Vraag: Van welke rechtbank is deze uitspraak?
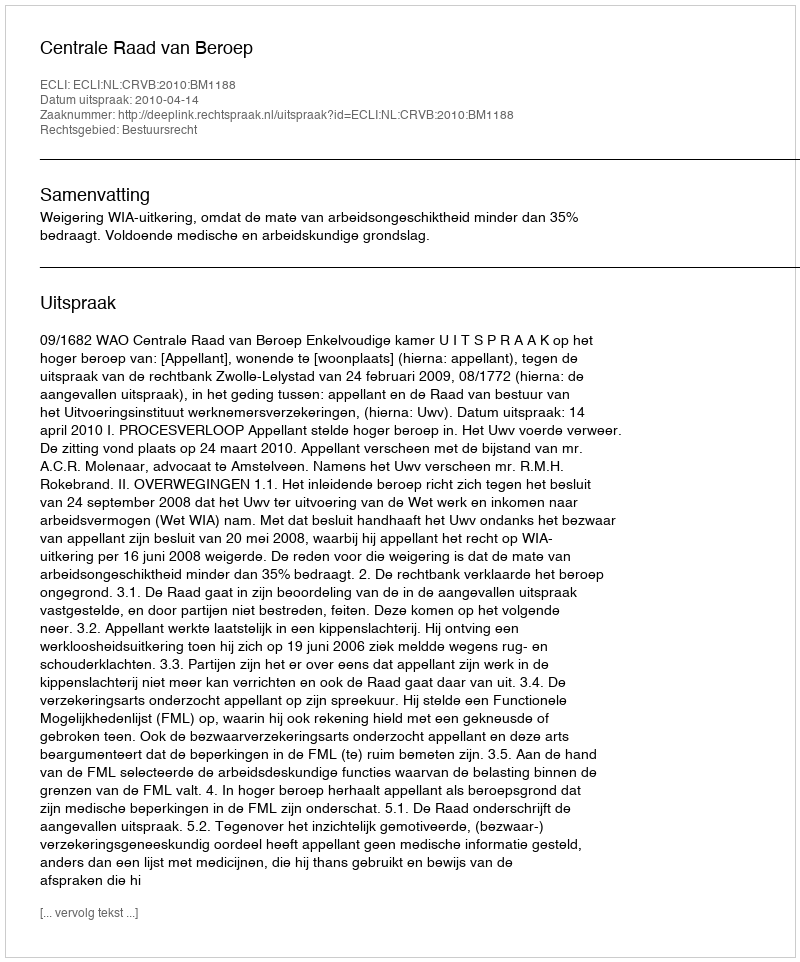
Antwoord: Centrale Raad van Beroep